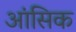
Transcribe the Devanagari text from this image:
आंसिक